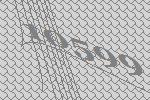
10599